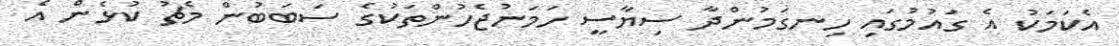
އެކަމަކު އެ ގައުމުގައި ހިނގަމުންދާ ސިޔާސީ ހަމަނުޖެހުންތަކުގެ ސަބަބުން މެޗު ކުޅެން އެ